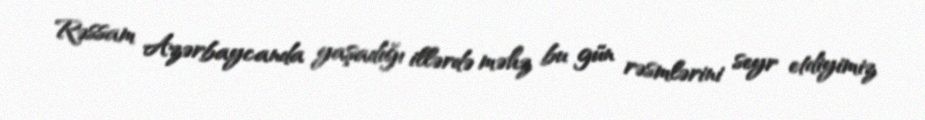
Rəssam Azərbaycanda yaşadığı illərdə məhz bu gün rəsmlərini seyr etdiyimiz